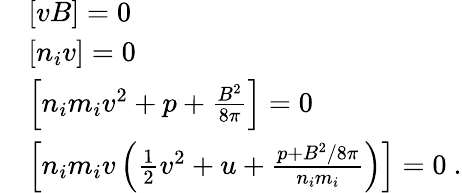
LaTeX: \begin{array}{rl}&{\left[vB\right]=0}\\ &{\left[n_{i}v\right]=0}\\ &{\left[n_{i}m_{i}v^{2}+p+\frac{B^{2}}{8\pi}\right]=0}\\ &{\left[n_{i}m_{i}v\left(\frac{1}{2}v^{2}+u+\frac{p+B^{2}/8\pi}{n_{i}m_{i}}\right)\right]=0\ .}\end{array}